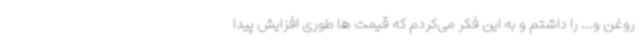
روغن و... را داشتم و به این فکر می‌کردم که قیمت ها طوری افزایش پیدا